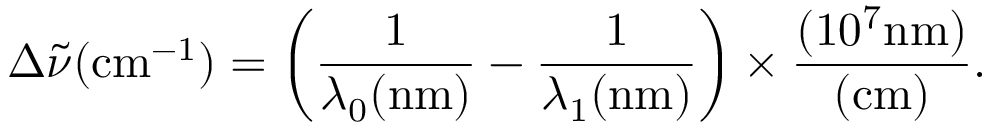
\Delta { \tilde { \nu } } ( { \mathrm { c m } } ^ { - 1 } ) = \left( { \frac { 1 } { \lambda _ { 0 } ( { \mathrm { n m } } ) } } - { \frac { 1 } { \lambda _ { 1 } ( { \mathrm { n m } } ) } } \right) \times { \frac { ( 1 0 ^ { 7 } { \mathrm { n m } } ) } { ( { \mathrm { c m } } ) } } .